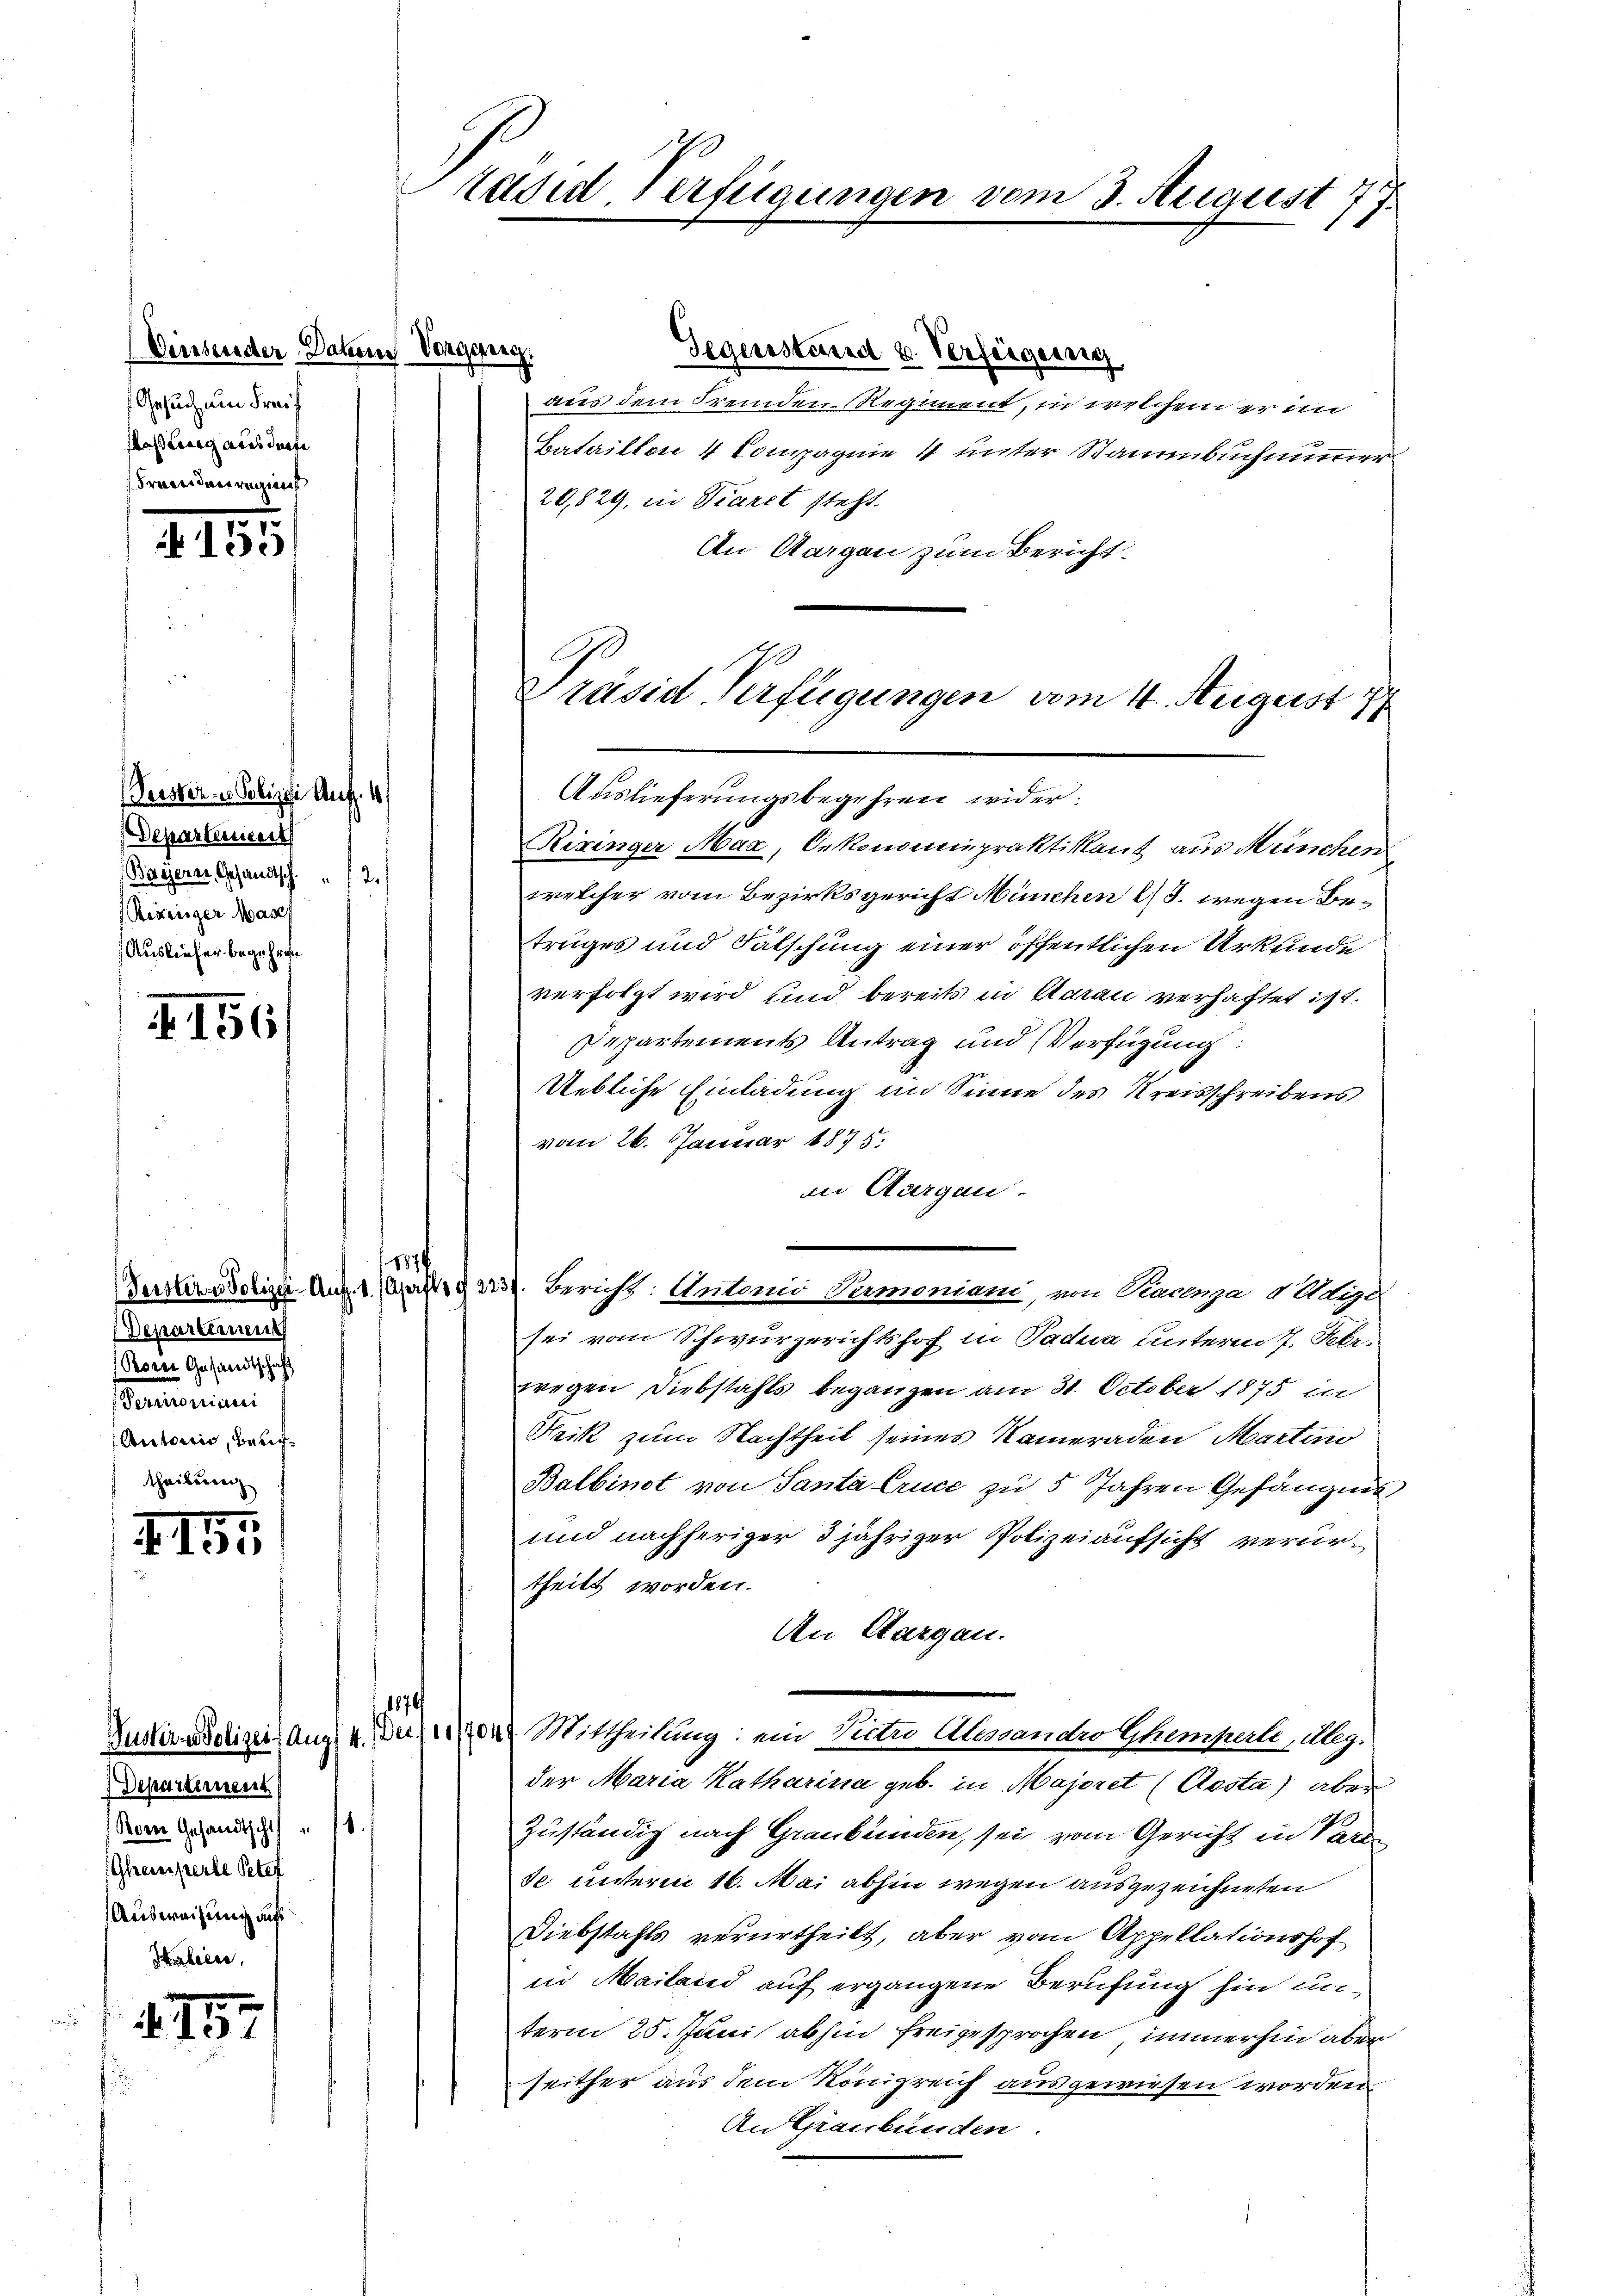
(Vinsender Dahen Vorgang.
Gesuch um Frei
Maßierig aus dürfe
Franden regie

15

Departement
Reorei Gesandtschaft
aemorian
Autoris, Berictheilung

II

1752

2155

Verster u. Polizei Aufl. 1
Departement
Bayern, Gesandtsch. 2.
Bezeiger Masch
Ausliefer begehren

Departernen
Kern Gesandtsch " 11.
Gheieperte Peter
Ausweisung auf
Halien.

räsid. Verfügungen vom 3. August 77

Gegenstand u. Verfeigeng
aus dem Fremden-Regiment, in welchem er im
Bataillon 4 Compagnie 4 unter Stammbuch nunmer
20,829, in Viarzt steht.
An Aargau zum Bericht

Präsid Verfügungen vom 14. August 19
Auslieferungsbegehren wider.

Riringer Maa, Oekonominpraktikant aus München
welcher vom Bezirksgericht München l. J. wegen Betruges und Fälschung einer öffentlichen Urkunde
verfolgt wird und bereits in Aarau verhaftet ist.
Departements Antrag und Verfügung:
Uebliche Einladung im Sinne des Kreisschreibens
vom 26. Januar 1835.
in Aargau.
187
sei vom Schwurgerichtshof in Padera unterm 7. Febr.
wegen Diebstahls begangen am 31. October 1875 in
Frik zum Nachtheil seines Kameraden Martino
Balbinet von Santa Cruce zu 5 Jahren Gefängnis
und nachheriger 3 jähriger Polizeiaufsicht verurtheilt worden.
An Aargau.
1870
Instreitigeilang u. des Mittheilung: ein Victu Alessandro Ehemperle, Meg.
der Maria Katharina geb. in Majoret (Aosta) aber
Zuständig nach Graubünden, sei vom Gericht in Part
se unteren 16. Mai abhin wegen ausgezeichneten
Diebstahls verurtheilt, aber vom Appellationshof
in Mailand auf ergangene Berufung hin anterm 25. Juni abhin freigesprochen, immerhin aber
seither aus dem Königreich ausgewiesen worden
An Graubünden.

Zersterschige Aug. 1. 223. Bericht: Antonii Dumoniani, von Racenza 8 Wiger